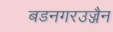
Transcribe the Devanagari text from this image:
बडनगरउज्जैन